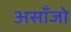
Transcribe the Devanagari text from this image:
असाँजो